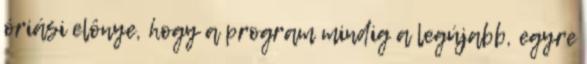
óriási elônye, hogy a program mindig a legújabb, egyre